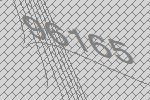
96165